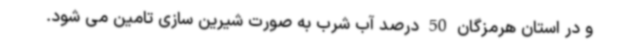
و در استان هرمزگان 50 درصد آب شرب به صورت شیرین سازی تامین می شود.